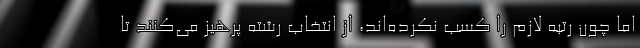
اما چون رتبه لازم را کسب نکرده‌اند، از انتخاب رشته پرهیز می‌کنند تا